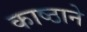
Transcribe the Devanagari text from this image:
काष्ठाने